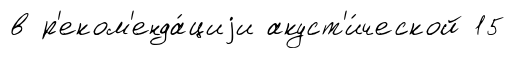
в р'еком'енда́циjи акуст'и́ческой 15